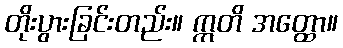
တိုးပွားခြင်းတည်း။ ဣတိ အတ္ထော။